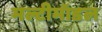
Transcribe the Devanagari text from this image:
मल्टीमॉडल